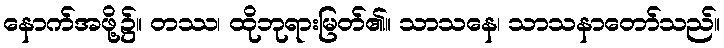
နောက်အဖို့၌။ တဿ၊ ထိုဘုရားမြတ်၏။ သာသနေ၊ သာသနာတော်သည်။